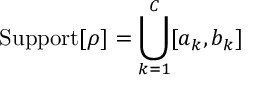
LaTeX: \mathrm { S u p p o r t } [ \rho ] = \bigcup _ { k = 1 } ^ { C } [ a _ { k } , b _ { k } ]